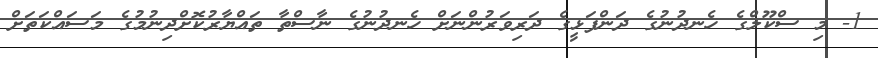
1- މި ސްކޫލްގެ ހެނދުނުގެ ދަންފަޅީގެ ދަރިވަރުންނަށް ހެނދުނުގެ ނާސްތާ ތައްޔާރުކޮށްދިނުމުގެ މަސައްކަތަށް